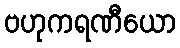
ဗဟုကရဏီယော